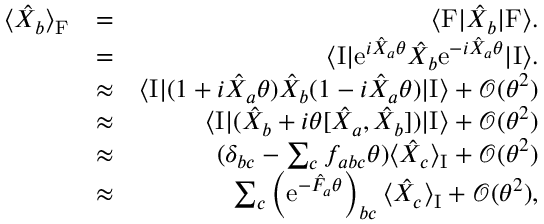
\begin{array} { r l r } { \langle \hat { X } _ { b } \rangle _ { \mathrm { F } } } & { = } & { \langle \mathrm { F } | \hat { X } _ { b } | \mathrm { F } \rangle . } \\ & { = } & { \langle \mathrm { I } | \mathrm { e } ^ { i \hat { X } _ { a } \theta } \hat { X } _ { b } \mathrm { e } ^ { - i \hat { X } _ { a } \theta } | \mathrm { I } \rangle . } \\ & { \approx } & { \langle \mathrm { I } | ( 1 + i \hat { X } _ { a } \theta ) \hat { X } _ { b } ( 1 - i \hat { X } _ { a } \theta ) | \mathrm { I } \rangle + { \mathcal O } ( \theta ^ { 2 } ) } \\ & { \approx } & { \langle \mathrm { I } | ( \hat { X } _ { b } + i \theta [ \hat { X } _ { a } , \hat { X } _ { b } ] ) | \mathrm { I } \rangle + { \mathcal O } ( \theta ^ { 2 } ) } \\ & { \approx } & { ( \delta _ { b c } - \sum _ { c } f _ { a b c } \theta ) \langle \hat { X } _ { c } \rangle _ { \mathrm { I } } + { \mathcal O } ( \theta ^ { 2 } ) } \\ & { \approx } & { \sum _ { c } \left( \mathrm { e } ^ { - \hat { F } _ { a } \theta } \right) _ { b c } \langle \hat { X } _ { c } \rangle _ { \mathrm { I } } + { \mathcal O } ( \theta ^ { 2 } ) , } \end{array}